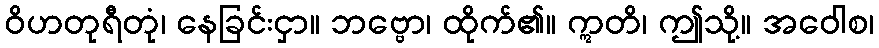
ဝိဟတုရီတုံ၊ နေခြင်းငှာ။ ဘဗ္ဗော၊ ထိုက်၏။ ဣတိ၊ ဤသို့။ အဝေါစ၊